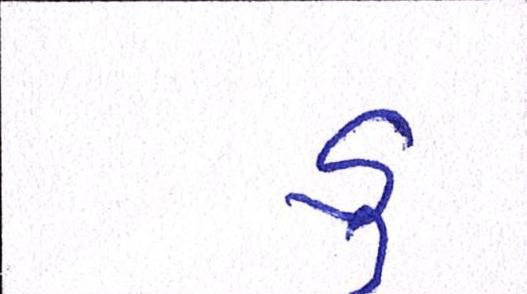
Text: ડુ